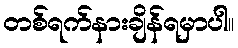
တစ်ရက်နားချိန်ရမှာပါ။